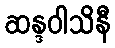
ဆန္ဒဝါသိနီ